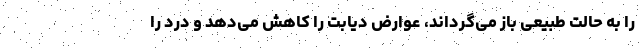
را به حالت طبیعی باز می‌گرداند، عوارض دیابت را کاهش می‌دهد و درد را